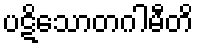
ပဋိသောတဂါမီတိ